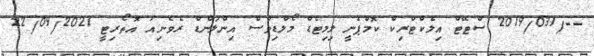
--/2019/031 ސްޓޭޓް އިލެކްޓްރިކް ކޮމްޕެނީ ލިމިޓެޑް މޯލްޑިވްސް އިންލަންޑް ރެވެނިއު އޮތޯރިޓީ 22/09/2021